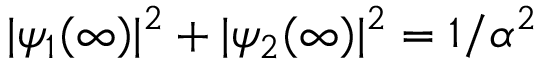
| \psi _ { 1 } ( \infty ) | ^ { 2 } + | \psi _ { 2 } ( \infty ) | ^ { 2 } = 1 / \alpha ^ { 2 }